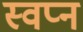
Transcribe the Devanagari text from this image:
स्‍वप्‍न